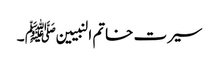
سیرت خاتم النبیین ﷺ ۔